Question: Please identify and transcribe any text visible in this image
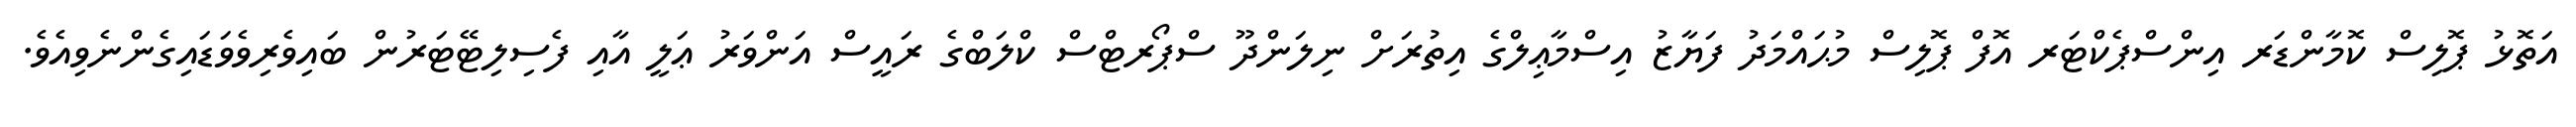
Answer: އަތޮޅު ޕޮލިސް ކޮމާންޑަރ އިންސްޕެކްޓަރ އޮފް ޕޮލިސް މުޙައްމަދު ފަޔާޒު އިސްމާޢިލްގެ އިތުރަށް ނިލަންދޫ ސްޕޯރޓްސް ކްލަބްގެ ރައީސް އަންވަރު ޢަލީ އާއި ފެސިލިޓޭޓަރުން ބައިވެރިވެވަޑައިގެންނެވިއެވެ.